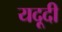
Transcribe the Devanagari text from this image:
यदूदी